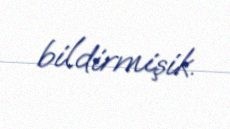
bildirmişik.